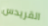
القريدس